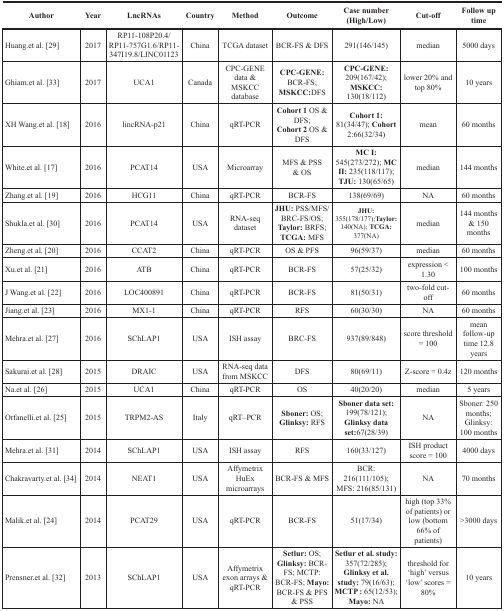
<table><thead><tr><td><b>Author</b></td><td><b>Year</b></td><td><b>LncRNAs</b></td><td><b>Country</b></td><td><b>Method</b></td><td><b>Outcome</b></td><td><b>Case number(High/Low)</b></td><td><b>Cut-off</b></td><td><b>Follow up time</b></td></tr></thead><tbody><tr><td>Huang.et al [29]</td><td>2017</td><td>RP11-108P20.4 /RP11-757G1.6 /RP11-347I19.8 /LINC01123</td><td>China</td><td>TCGA dataset</td><td>BCR-FS &amp; DFS</td><td>291(146/145)</td><td>median</td><td>5000 days</td></tr><tr><td>Ghiam.et al [33]</td><td>2017</td><td>UCA1</td><td>Canada</td><td>CPC-GENE data &amp; MSKCC database</td><td><b>CPC-GENE</b>: BCR-FS; <b>MSKCC</b>:DFS</td><td><b>CPC-GENE</b>: 209(167/42); <b>MSKCC</b>: 130(18/112)</td><td>lower 20% and top 80%</td><td>10 years</td></tr><tr><td>XH Wang.et al [18]</td><td>2016</td><td>lincRNA-p21</td><td>China</td><td>qRT-PCR</td><td><b>Cohort 1</b> OS &amp; DFS;<b>Cohort 2</b> OS &amp; DFS</td><td><b>Cohort 1</b>: 81(34/47); <b>Cohort 2</b>:66(32/34)</td><td>mean</td><td>60 months</td></tr><tr><td>White.et al [17]</td><td>2016</td><td>PCAT14</td><td>USA</td><td>Microarray</td><td>MFS &amp; PSS &amp; OS</td><td><b>MC I</b>: 545(273/272); <b>MC II</b>: 235(118/117); <b>TJU</b>: 130(65/65)</td><td>median</td><td>144 months</td></tr><tr><td>Zhang.et al [19]</td><td>2016</td><td>HCG11</td><td>China</td><td>qRT-PCR</td><td>BCR-FS</td><td>138(69/69)</td><td>NA</td><td>60 months</td></tr><tr><td>Shukla.et al [30]</td><td>2016</td><td>PCAT14</td><td>USA</td><td>RNA-seq dataset</td><td><b>JHU</b>: PSS/MFS/BRC-FS/OS; <b>Taylor</b>: BRFS; <b>TCGA</b>: MFS</td><td><b>JHU</b>: 355(178/177); <b>Taylor</b>: 140(NA); <b>TCGA</b>: 377(NA)</td><td>median</td><td>144 months &amp; 150 months</td></tr><tr><td>Zheng.et al [20]</td><td>2016</td><td>CCAT2</td><td>China</td><td>qRT-PCR</td><td>OS &amp; PFS</td><td>96(59/37)</td><td>median</td><td>60 months</td></tr><tr><td>Xu.et al [21]</td><td>2016</td><td>ATB</td><td>China</td><td>qRT-PCR</td><td>BCR-FS</td><td>57(25/32)</td><td>expression &lt;1.30</td><td>100 months</td></tr><tr><td>J Wang.et al [22]</td><td>2016</td><td>LOC400891</td><td>China</td><td>qRT-PCR</td><td>BCR-FS</td><td>81(50/31)</td><td>two-fold cut-off</td><td>60 months</td></tr><tr><td>Jiang.et al [23]</td><td>2016</td><td>MX1-1</td><td>China</td><td>qRT-PCR</td><td>RFS</td><td>60(30/30)</td><td>NA</td><td>60 months</td></tr><tr><td>Mehra.et al [27]</td><td>2016</td><td>SChLAP1</td><td>USA</td><td>ISH assay</td><td>BRC-FS</td><td>937(89/848)</td><td>score threshold = 100</td><td>mean follow-up time 12.8 years</td></tr><tr><td>Sakurai.et al [28]</td><td>2015</td><td>DRAIC</td><td>USA</td><td>RNA-seq data from MSKCC</td><td>DFS</td><td>80(69/11)</td><td>Z-score = 0.4z</td><td>120 months</td></tr><tr><td>Na.et al [26]</td><td>2015</td><td>UCA1</td><td>China</td><td>qRT-PCR</td><td>OS</td><td>40(20/20)</td><td>median</td><td>5 years</td></tr><tr><td>Orfanelli.et al [25]</td><td>2015</td><td>TRPM2-AS</td><td>Italy</td><td>qRT–PCR</td><td><b>Sboner</b>: OS; <b>Glinksy</b>: RFS</td><td><b>Sboner data set</b>: 199(78/121); <b>Glinksy data set</b>:67(28/39)</td><td>NA</td><td><b>Sboner</b>: 250 months; <b>Glinksy</b>: 100 months</td></tr><tr><td>Mehra.et al [31]</td><td>2014</td><td>SChLAP1</td><td>USA</td><td>ISH assay</td><td>RFS</td><td>160(33/127)</td><td>ISH product score = 100</td><td>4000 days</td></tr><tr><td>Chakravarty.et al [34]</td><td>2014</td><td>NEAT1</td><td>USA</td><td>Affymetrix HuEx microarrays</td><td>BCR-FS &amp; MFS</td><td>BCR: 216(111/105); MFS: 216(85/131)</td><td>NA</td><td>70 months</td></tr><tr><td>Malik.et al [24]</td><td>2014</td><td>PCAT29</td><td>USA</td><td>qRT-PCR</td><td>BCR-FS</td><td>51(17/34)</td><td>high (top 33% of patients) or low (bottom 66% of patients)</td><td>&gt;3000 days</td></tr><tr><td>Prensner.et al [32]</td><td>2013</td><td>SChLAP1</td><td>USA</td><td>Affymetrix exon arrays &amp; qRT-PCR</td><td><b>Setlur</b>: OS; <b>Glinksy</b>: BCR-FS; <b>MCTP</b>: BCR-FS<b>; Mayo</b>: BCR-FS &amp; PFS &amp; PSS</td><td><b>Setlur et al. study</b>: 357(72/285<b>); Glinksy et al. study</b>: 79(16/63); <b>MCTP</b> : 65(12/53); <b>Mayo</b>: NA</td><td>threshold for ‘high’ versus ‘low’ scores = 80%</td><td>10 years</td></tr></tbody></table>